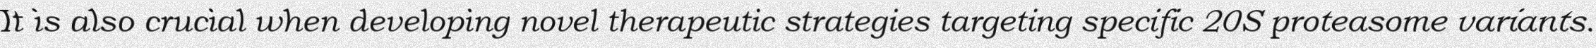
It is also crucial when developing novel therapeutic strategies targeting specific 20S proteasome variants.